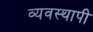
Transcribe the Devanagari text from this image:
व्यवस्थापी